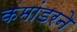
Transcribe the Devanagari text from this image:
कमांडरने